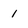
Character: 1